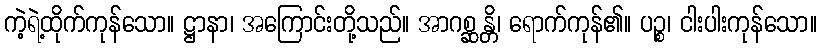
ကဲ့ရဲ့ထိုက်ကုန်သော။ ဋ္ဌာနာ၊ အကြောင်းတို့သည်။ အာဂစ္ဆန္တိ၊ ရောက်ကုန်၏။ ပဉ္စ၊ ငါးပါးကုန်သော။